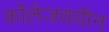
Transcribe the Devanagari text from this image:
कॉलेजवयीन